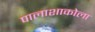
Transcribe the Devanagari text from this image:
पालाशाकोला